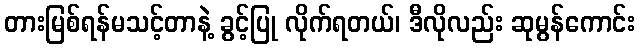
တားမြစ်ရန်မသင့်တာနဲ့ ခွင့်ပြု လိုက်ရတယ်၊ ဒီလိုလည်း ဆုမွန်ကောင်း